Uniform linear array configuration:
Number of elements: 12
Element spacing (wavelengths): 0.75
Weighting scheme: uniform
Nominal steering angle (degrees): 15
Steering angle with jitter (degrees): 14.943
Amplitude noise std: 0.05
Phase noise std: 0.05

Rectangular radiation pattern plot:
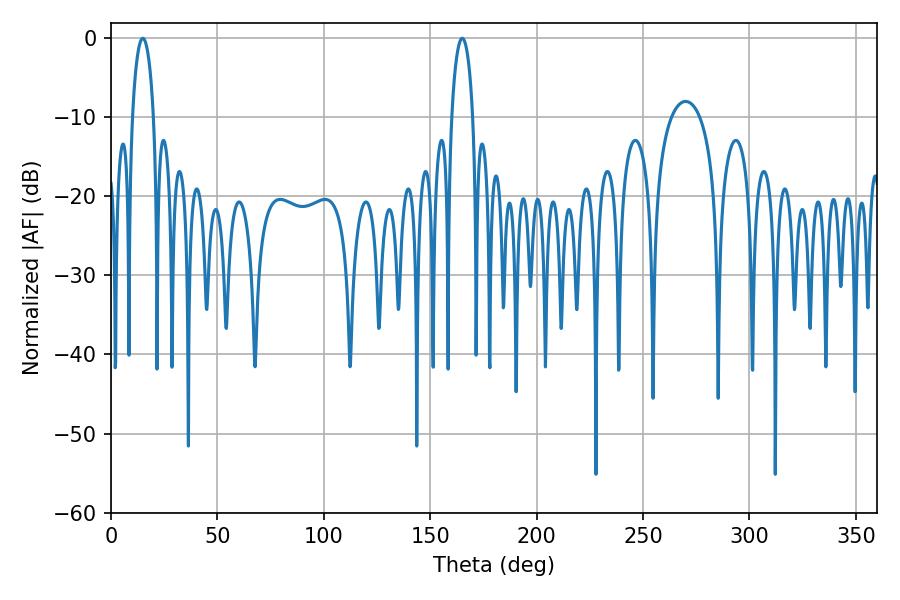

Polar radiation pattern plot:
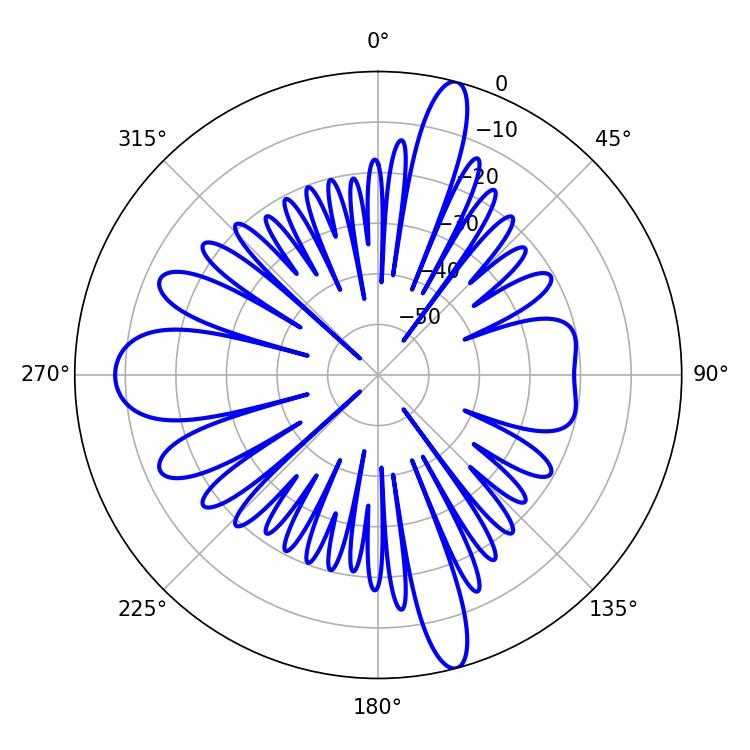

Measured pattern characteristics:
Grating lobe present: TRUE
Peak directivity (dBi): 26.398
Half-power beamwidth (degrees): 5.76
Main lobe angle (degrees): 14.94